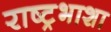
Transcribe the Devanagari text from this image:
राष्ट्रभाशा